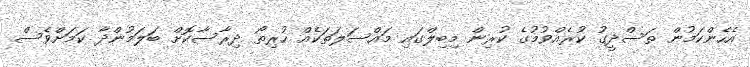
އެހެންކަމުން ތަސްދީގު ކުރެއްވުމުގެ ކުރިން މިބިލްގައި މައްސަލަތަކެއް ހުރިތޯ ދިރާސާކޮށް ބަލަމުންދާ ކަމަށްވެސް